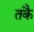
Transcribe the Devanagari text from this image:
तकै